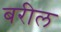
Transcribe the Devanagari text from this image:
बरील